Vaccination in the Punjab 1897-1904 - 1897-1904
Year: 1897
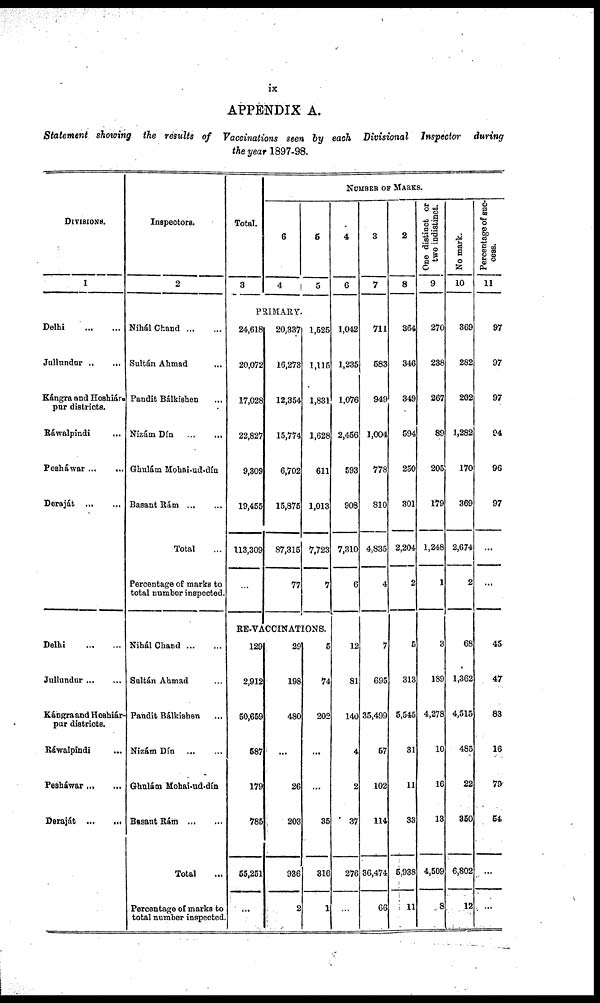
ix
APPENDIX A.
Statement showing the results of Vaccinations seen by each Divisional Inspector during
the year 1897-98.
DIVISIONS.
1
Inspectors.
2
Total.
3
NUMBER OF MARKS.
6
4
5
5
4
6
3
7
2
8
One distinct or
two indistinct.
9
No mark.
10
Percentage of suc-
cess.
11
PRIMARY.
Delhi
...
...
Jullundur
...
...
Kángra and Hoshiár¬
pur districts.
Ráwalpindi ... ...
Pesháwar
...
...
Deraját
...
...
Nihál Chand
...
...
Sultán Ahmad ... ...
Pandit Bálkishen ... ...
Nizám Dín
...
...
Ghulám Mohai-ud-dín
Basant Rám
...
...
Total ...
Percentage of marks to
total number inspected.
24,618
20,072
17,028
22,827
9,309
19,455
113,309
...
20,337
16,273
12,354
15,774
6,702
15,875
87,315
77
1,525
1,115
1,831
1,628
611
1,013
7,723
7
1,042
1,235
1,076
2,456
593
908
7,310
6
711
583
949
1,004
778
810
4,835
4
364
346
349
594
250
301
2,204
2
270
238
267
89
205
179
1,248
1
369
282
202
1,282
170
369
2,674
2
97
97
97
94
96
97
...
...
RE-VACCINATIONS.
Delhi
...
...
Jullundur
...
...
Kángra and Hoshiár¬
pur districts.
Ráwalpindi ... ...
Pesháwar ... ...
Deraját
...
...
Nihál Chand
...
...
Sultán Ahmad ... ...
Pandit Bálkishen ... ...
Nizám Dín
...
...
Ghulám Mohai-ud-dín
Basant Rám ... ...
Total ...
Percentage of marks to
total number inspected.
129
2,912
50,659
587
179
785
55,251
...
29
198
480
...
26
203
936
2
5
74
202
...
...
35
316
1
12
81
140
4
2
37
276
...
7
695
35,499
57
102
114
36,474
66
5
313
5,545
31
11
33
5,938
11
3
189
4,278
10
16
13
4,509
8
68
1,362
4,515
485
22
350
6,802
12
45
47
83
16
79
54
...
...